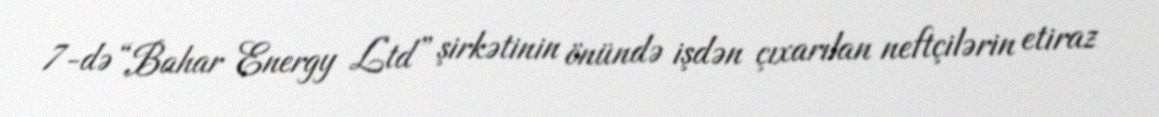
7-də “Bahar Energy Ltd” şirkətinin önündə işdən çıxarılan neftçilərin etiraz